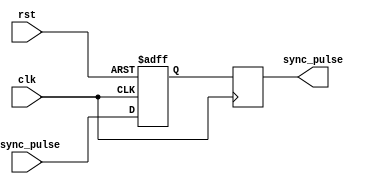
module PulseSynchronizer (
    input wire clk,
    input wire rst,
    input wire async_pulse,
    output reg sync_pulse
);

reg d1, d2;

// First flip flop to capture incoming pulse
always @(posedge clk or posedge rst)
begin
    if (rst)
        d1 <= 1'b0;
    else
        d1 <= async_pulse;
end

// Second flip flop to generate synchronized output pulse
always @(posedge clk)
begin
    d2 <= d1;
end

assign sync_pulse = d2;

endmodule